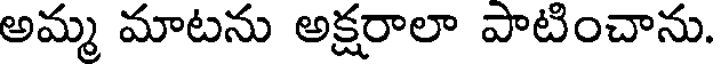
అమ్మ మాటను అక్షరాలా పాటించాను.